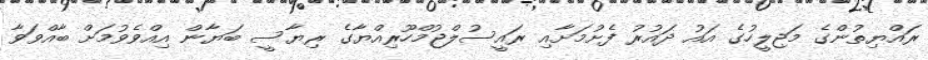
ރައްޔިތުންގެ މަޖިލީހުގެ އައު ދައުރު ފެށުމަށާއި ރައީސުލްޖުމްހޫރިއްޔާގެ ރިޔާސީ ބަޔާން އިއްވެވުމަށް ބާއްވަވާ